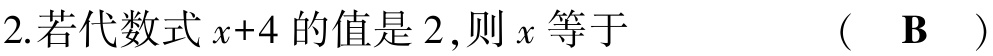
2. 若代数式\(x + 4\)的值是\(2\)，则\(x\)等于  （  B  ）